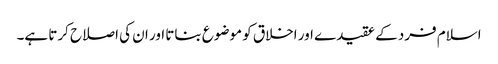
اسلام فرد کے عقیدے اور اخلاق کو موضوع بناتا اور ان کی اصلاح کرتا ہے۔